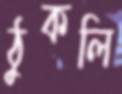
ঠুকলি